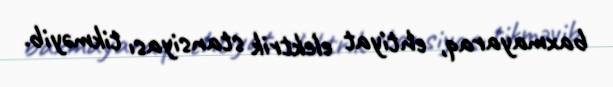
baxmayaraq, ehtiyat elektrik stansiyası tikməyib.